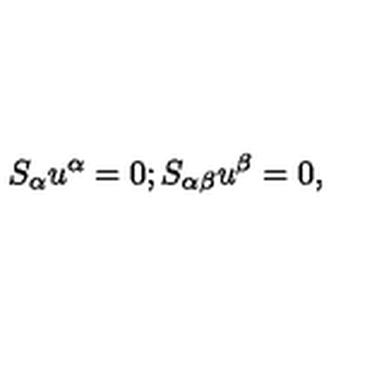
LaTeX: S _ { \alpha } u ^ { \alpha } = 0 ; S _ { \alpha \beta } u ^ { \beta } = 0 ,